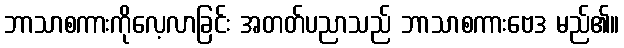
ဘာသာစကားကိုလေ့လာခြင်း အတတ်ပညာသည် ဘာသာစကားဗေဒ မည်၏။